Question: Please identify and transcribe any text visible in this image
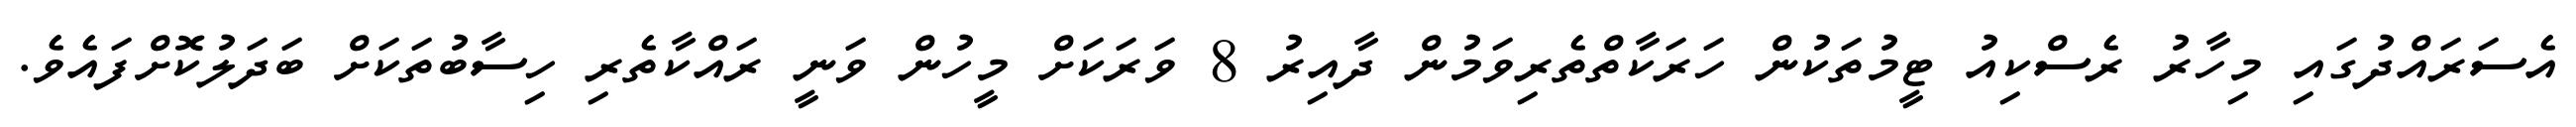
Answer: އެސަރައްދުގައި މިހާރު ރެސްކިއު ޓީމުތަކުން ހަރަކާތްތެރިވަމުން ދާއިރު 8 ވަރަކަށް މީހުން ވަނީ ރައްކާތެރި ހިސާބުތަކަށް ބަދަލުކޮށްފައެވެ.